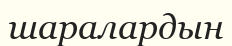
шаралардын